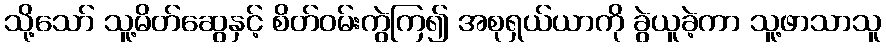
သို့သော် သူ့မိတ်ဆွေနှင့် စိတ်ဝမ်းကွဲကြ၍ အစုရှယ်ယာကို ခွဲယူခဲ့ကာ သူ့ဖာသာသူ